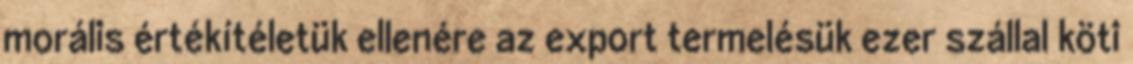
morális értékítéletük ellenére az export termelésük ezer szállal köti